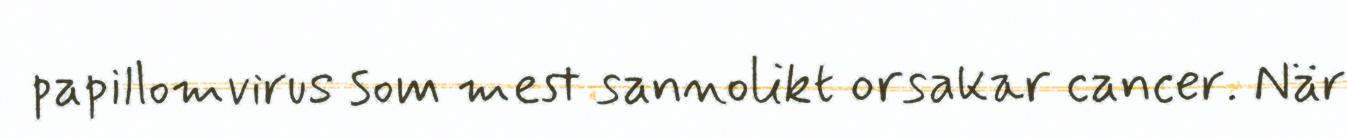
papillomvirus som mest sannolikt orsakar cancer. När